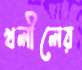
খলীলের